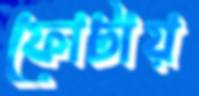
ফোটায়